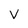
Character: v